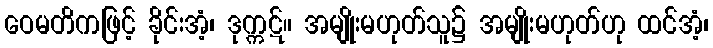
ဝေမတိကဖြင့် ခိုင်းအံ့၊ ဒုက္ကဋ်။ အမျိုးမဟုတ်သူ၌ အမျိုးမဟုတ်ဟု ထင်အံ့၊